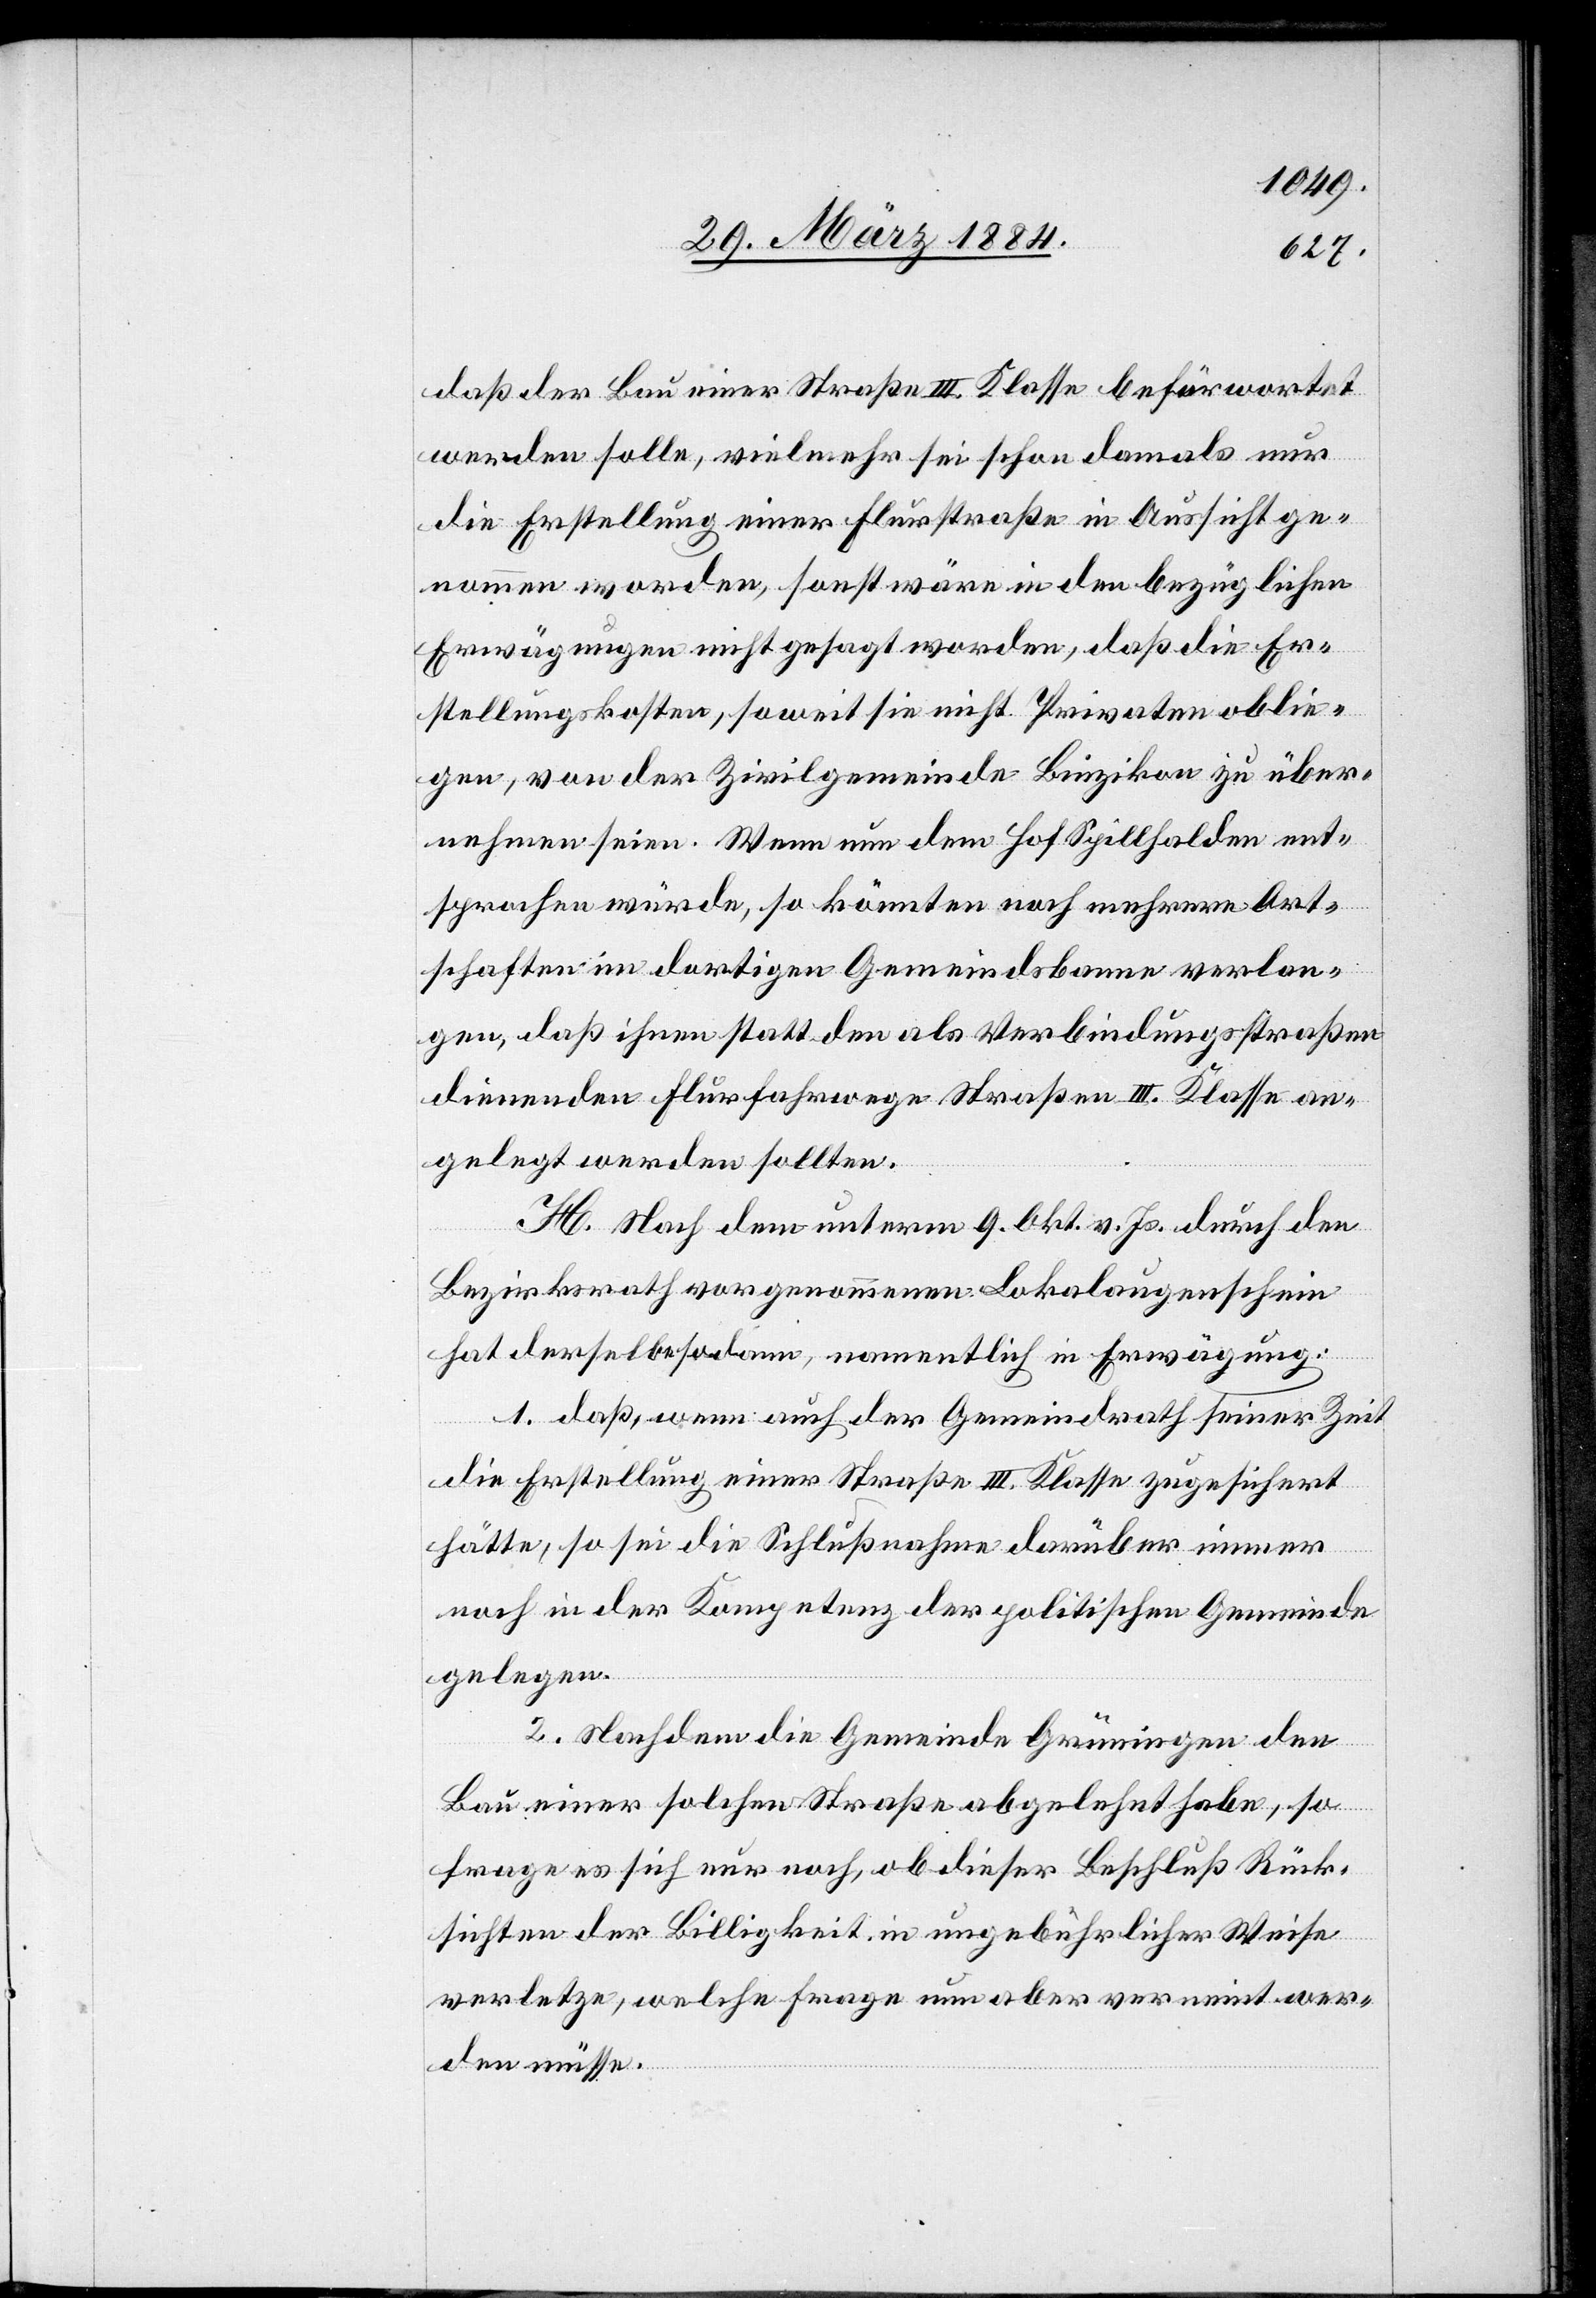
daß der Bau einer Straße III. Klasse befürwortet
werden solle, vielmehr sei schon damals nur
die Erstellung einer Flurstraße in Aussicht ge¬
nommen worden, sonst wäre in den bezüglichen
Erwägungen nicht gesagt worden, daß die Er¬
stellungskosten, soweit sie nicht Privaten oblie¬
gen, von der Zivilgemeinde Binzikon zu über¬
nehmen seien. Wenn nun dem Hof Spillhalden ent¬
sprochen würde, so könnten noch mehrere Ort¬
schaften in dortigen Gemeindsbanne verlan¬
gen, daß ihnen statt den als Verbindungsstraßen
dienenden Flurfahrwege Straßen III. Klasse an¬
gelegt werden sollten.
H. Nach dem unterm 9. Okt. v. Js. durch den
Bezirksrath vorgenommenen Lokalaugenschein
hat derselbe sodann, namentlich in Erwägung:
1. Daß, wenn auch der Gemeindrath seiner Zeit
die Erstellung einer Straße III. Klasse zugesichert
hätte, so sei die Schlußnahme darüber immer
noch in der Kompetenz der politischen Gemeinde
gelegen.
2. Nachdem die Gemeinde Grüningen den
Bau einer solchen Straße abgelehnt habe, so
frage es sich nur noch, ob dieser Beschluß Rück¬
sichten der Billigkeit in ungebührlicher Weise
verletze, welche Frage nun aber verneint wer¬
den müsse.